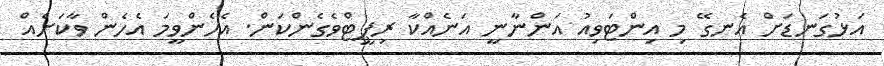
އަޅުގަނޑަށް އެނގޭ މި އިންޓަވިއު އަންނާނީ އަނެއްކާ ރިޕީޓްވެގެންކަން. އެހެންވީމަ އެހެން ވާކަށެއް